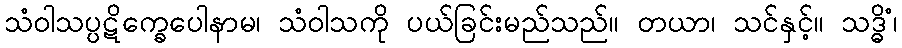
သံဝါသပ္ပဋိက္ခေပေါနာမ၊ သံဝါသကို ပယ်ခြင်းမည်သည်။ တယာ၊ သင်နှင့်။ သဒ္ဓိံ၊